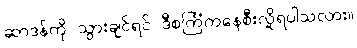
ဆာဒန်ကို သွားချင်ရင် ဒီစင်္ကြံကနေစီးလို့ရပါသလား။